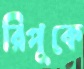
রিপুকে